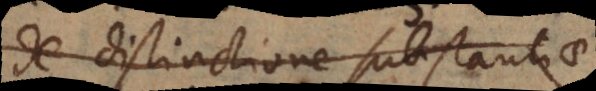
de distinctione substantiae